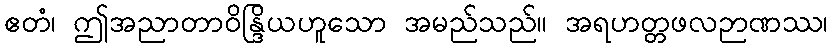
ဧတံ၊ ဤအညာတာဝိန္ဒြိယဟူသော အမည်သည်။ အရဟတ္တဖလဉာဏဿ၊